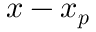
\boldsymbol { x } - \boldsymbol { x _ { p } }